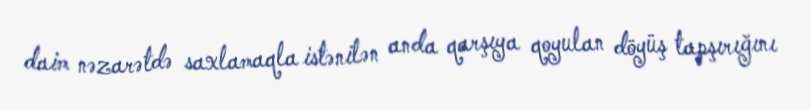
daim nəzarətdə saxlamaqla istənilən anda qarşıya qoyulan döyüş tapşırığını